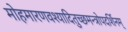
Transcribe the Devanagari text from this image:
मोहमारणवश्यादितुच्छमन्त्रोपदर्शिनम्